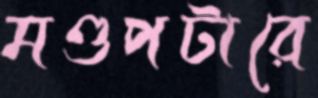
মণ্ডপটারে